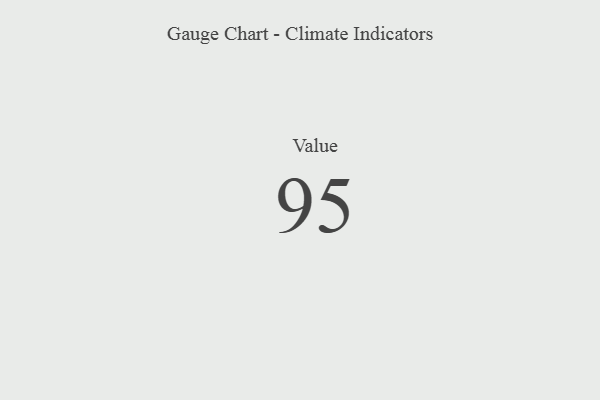
{"axis": {"x": "Metric", "y": "Value"}, "legend": [""], "data": [{"x": "Value", "y": 95, "type": ""}]}